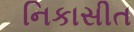
નિકાસીત